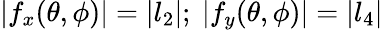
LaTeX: |f_{x}(\theta,\phi)|=|l_{2}|;\ |f_{y}(\theta,\phi)|=|l_{4}|